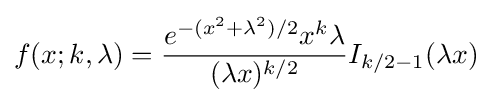
f(x;k,\lambda )={\frac {e^{-(x^{2}+\lambda ^{2})/2}x^{k}\lambda }{(\lambda x)^{k/2}}}I_{k/2-1}(\lambda x)